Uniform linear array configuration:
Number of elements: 32
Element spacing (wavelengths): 0.25
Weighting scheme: hamming
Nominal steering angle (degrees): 45
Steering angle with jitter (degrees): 43.572
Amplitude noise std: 0.05
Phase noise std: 0.05

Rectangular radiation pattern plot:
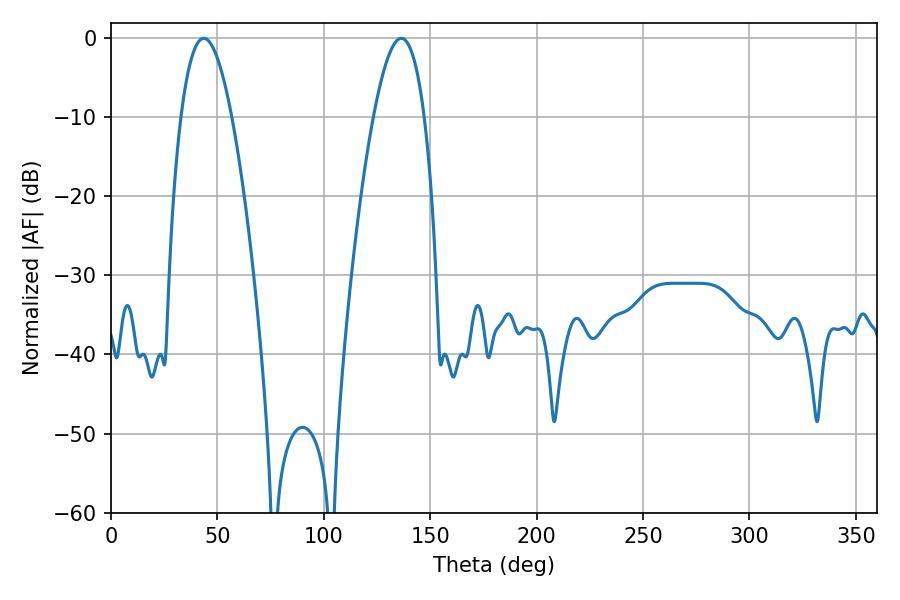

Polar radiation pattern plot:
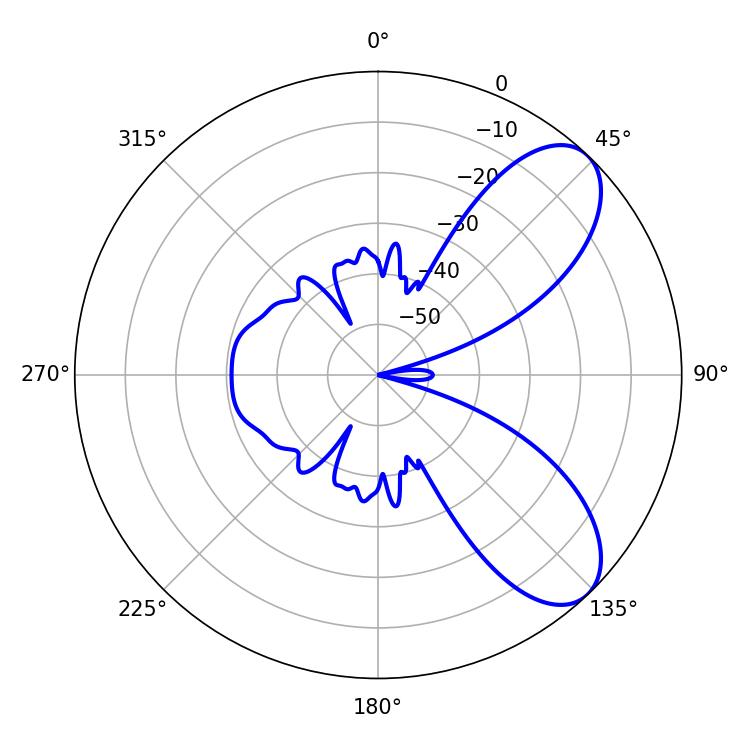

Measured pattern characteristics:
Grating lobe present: FALSE
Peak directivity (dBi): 7.687
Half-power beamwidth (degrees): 13.14
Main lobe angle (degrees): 43.56